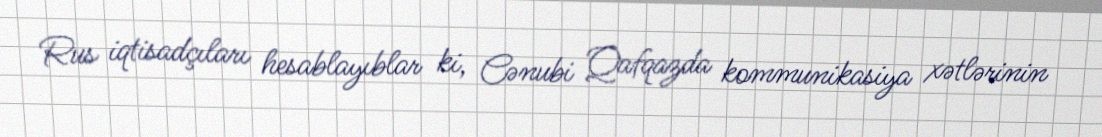
Rus iqtisadçıları hesablayıblar ki, Cənubi Qafqazda kommunikasiya xətlərinin